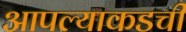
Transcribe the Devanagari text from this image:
आपल्याकडची